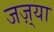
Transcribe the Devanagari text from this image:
जज़्या